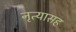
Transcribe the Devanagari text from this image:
नृत्यासह